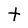
Character: t